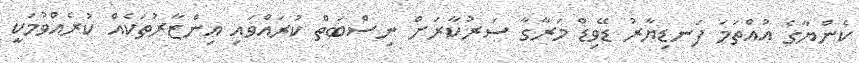
ކެންޔާގެ އުއްތަމަ ފަނޑިޔާރު ޑޭވިޑް މަރާގާ ސަރުކާރަށް ނިސްބަތް ކުރައްވައި އިންޒާރުތަކެއް ކުރެއްވުމަކީ